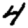
Digit: 4